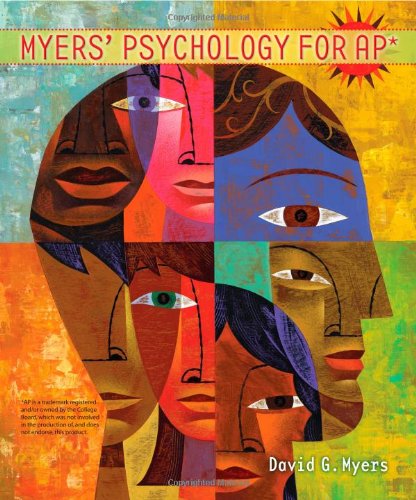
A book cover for Myers' Psychology for AP*; David G. Myers; Medical Books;